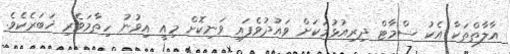
އާލާތްތަކާ އެކު ސްމާޓް ދިރިއުޅުމަކަށް ވައުދުވެފައި ވަނިކޮށް މިއީ އިވުނު ހިތާމަވެރި ޚަބަރެކެވެ.